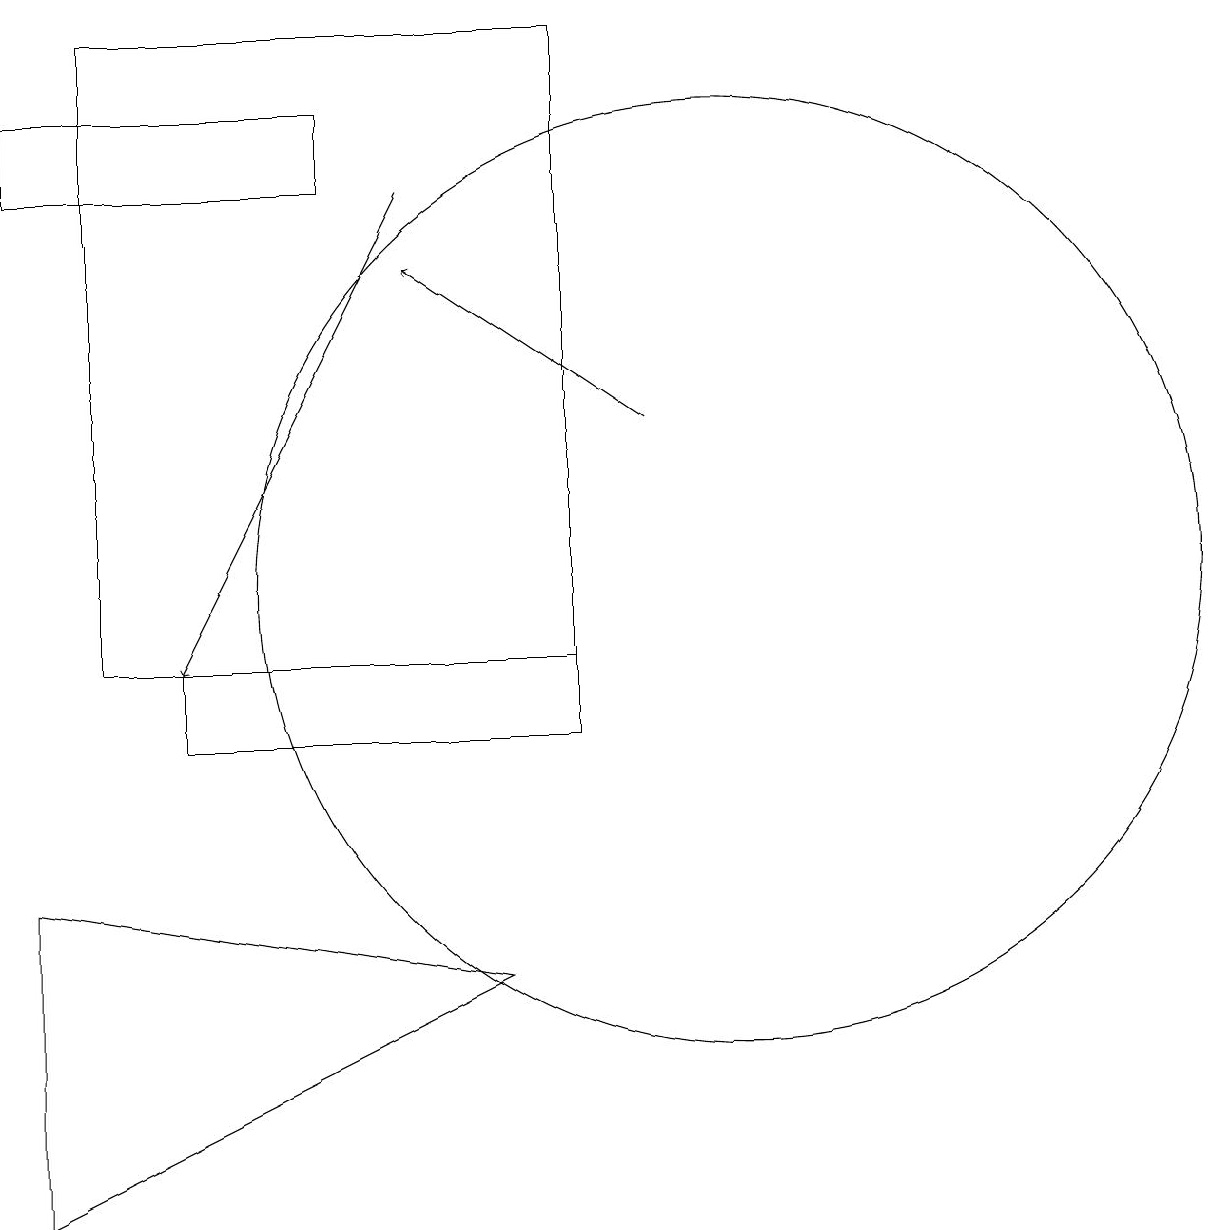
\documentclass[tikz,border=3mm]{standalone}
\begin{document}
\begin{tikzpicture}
\draw (10,12) circle (6);
\draw (5,17) rectangle (1,18);
\draw (3,11) rectangle (8,10);
\draw[->] (6,17) -- (3,11);
\draw[->] (9,14) -- (6,16);
\draw (7,7) -- (1,4) -- (1,8) -- cycle;
\draw (2,19) rectangle (8,11);
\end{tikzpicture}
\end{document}